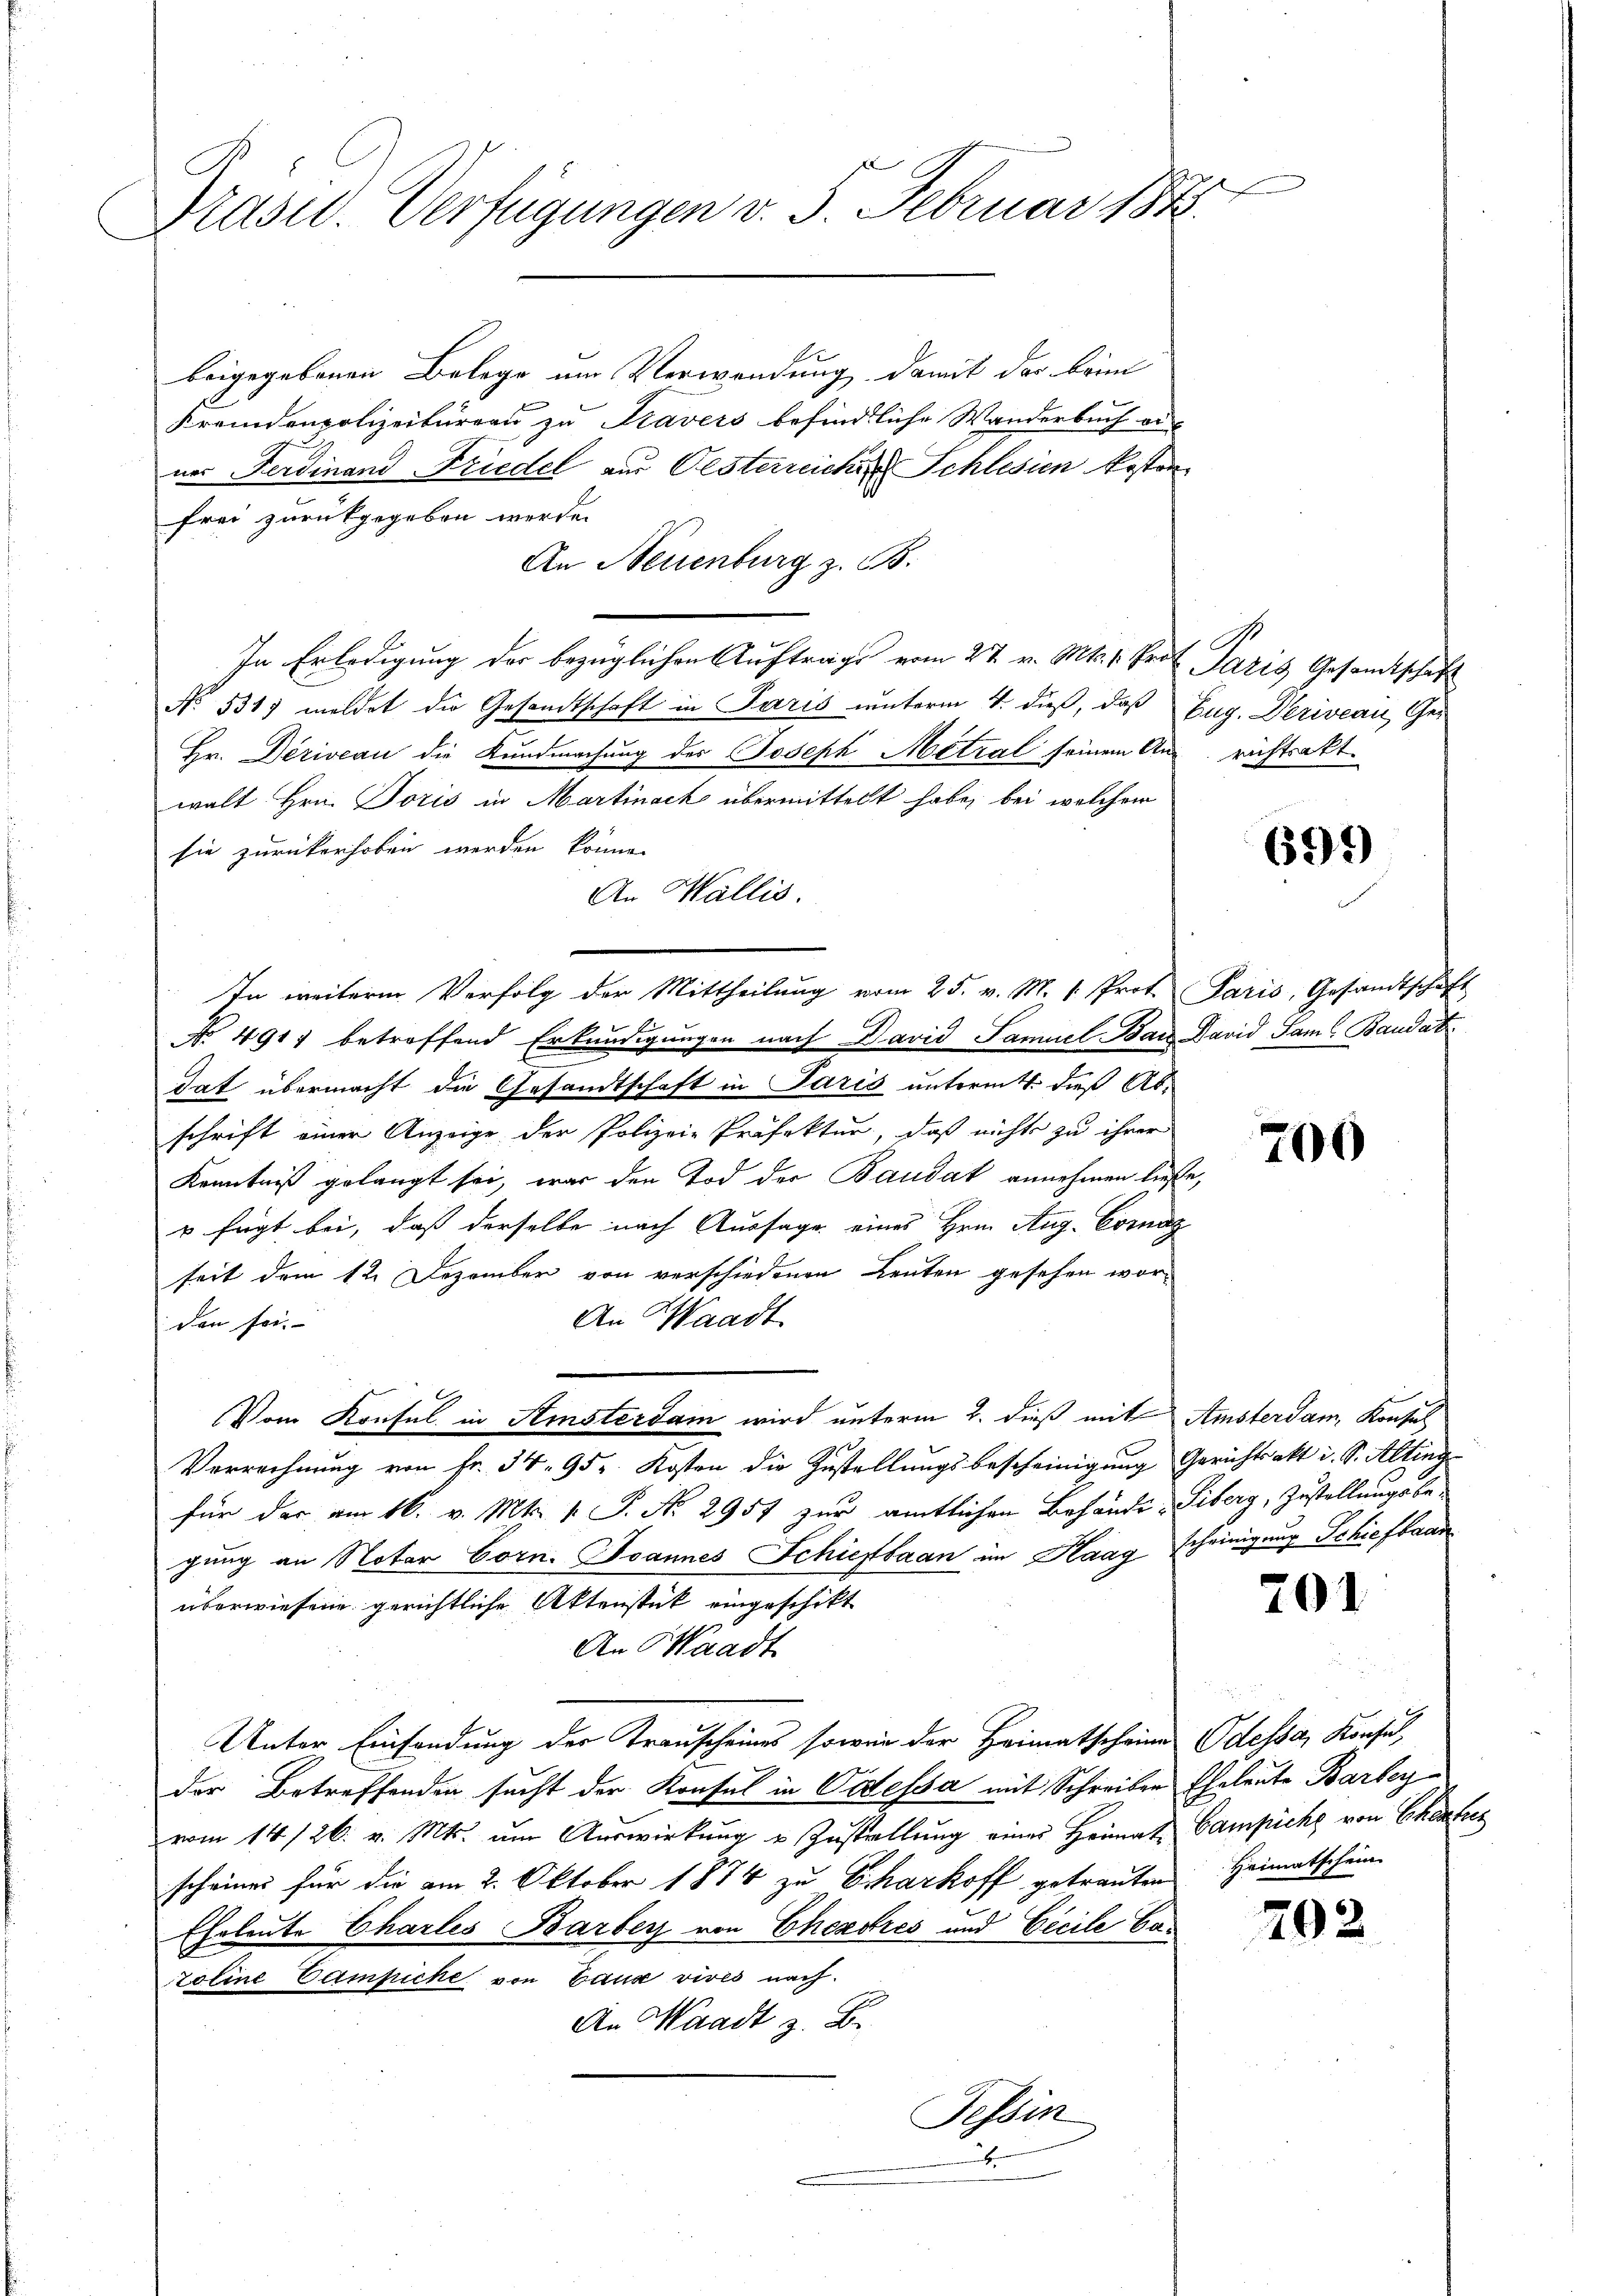
Präsid. Verfügungen v. 5. Februar 184

beigegebenen Belege um Verwendung, damit der brin
Fremdenpolizeibureau zu Travers befindliche Wanderbuch aus
ner Ferdinand Friedel aus Oesterreicher Schlesien kosten
frei zurückgegeben werde.
An Neuenburg z. B.
In Erledigung der bezüglichen Auftrage vom 27. v. Mts. v. Prof. Paris Gesandtschaft
No. 531. mildet die Gesandtschaft in Paris unterm 4. dieß, daß
Hr. Deriveau die Kundmachung des Joseph Metzal seinem An
walt Hrn. Toris in Martinack übermittelt habe, bei welchem
sie zurückerhoben werden könne.
An Wallis.
No 4917 betreffend Erkundigungen nach David Samuel Bar David Sam (Baudat
.
tat übermacht die Gesandtschaft in Paris untermitt. dieß Abschrift einer Anzeige der Polizeie Präfektur, daß nichts zu ihrer
Kenntniß gelangt sei, war den Tod der Baudat annehmen ließe
u fügt bei, daß derselbe nach Aussage eines Hrn. Aug. Cornag
seit dem 12. Dezember von verschiedenen Leuten gesehen wor¬
An Waadt.
den sei.
Vom Konsul in Amsterdam wird unterm 2. dieß mit Amsterdam, Konsul
Verrechnŭng von fr. 34. 95. Kosten die Zustellungsbescheinigung Gerichtsakt u. S. Alting
für der am 16. v. Mts. v. J. No. 2957 zur amtlichen Behände Liberg, Zustellungsbe
gung an Notar Corn. Joannes Schiefbaan im Kaag scheinigung Schiefbaad
überwiesene gerichtliche Aktenstück eingeschikt
An Waadt
Unter Einsendung der Trauscheines sowie der Heimatscheine Odessa, Konsul,
der Betreffenden sucht der Konsul in Codessa mit Schreiben Eheleute Barbeyvom 14/26. v. Mts. ŭm Aŭswirkung u Zŭstellŭng einer Heimat Campiche von Ehestun
scheines für die am 2. Oktober 1874 zu Charkoff getrauten Heimatschein
Eheleute Charles Barbey von Chexores und Cicile Ca
zoline Campiche von Baux vives nach
An Waadt z. B.
Tessin

In weitere Verfolg der Mittheilŭng vom 25. v. M. 1. Prot. Paris, Gesandtschaft

Eug. Deriveau, Gerichtsakt

699)

.

700

201

202